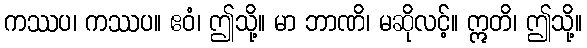
ကဿပ၊ ကဿပ။ ဧဝံ၊ ဤသို့။ မာ ဘာဏိ၊ မဆိုလင့်။ ဣတိ၊ ဤသို့။